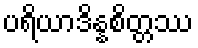
ပရိယာဒိန္နစိတ္တဿ